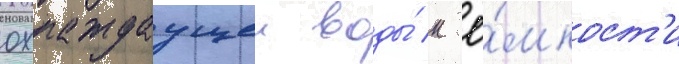
охлаждаущеи воды́ к ё́мкост'и